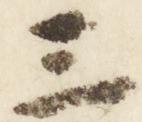
三